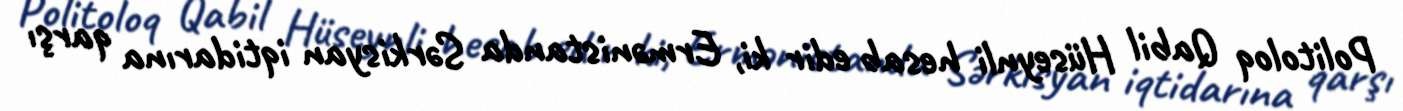
Politoloq Qabil Hüseynli hesab edir ki, Ermənistanda Sərkisyan iqtidarına qarşı